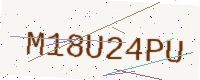
Text: M18U24PU